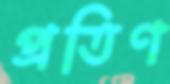
প্রতিণ